Report on the cholera epidemic of
Year: 1868
Disease focus: Cholera
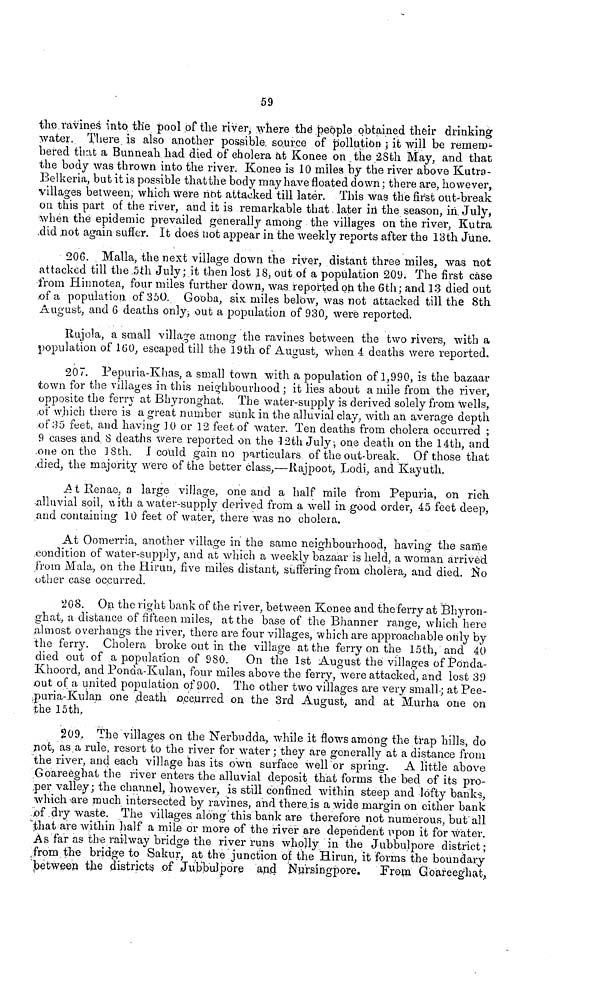
59
the ravines into, the pool of the river, where the people obtained their drinking
water. There is also another possible, source of pollution ; it will be remem-
bered that a Bunneah had died of cholera at Konee on the 28th May, and that
the body was thrown into the river. Konee is 10 miles by the river above Kutra-
Belkeria, but it is possible that the body may have floated down ; there are, however,
villages between, which were not attacked till later. This was the first outbreak
on this part of the river, and it is remarkable that later in the season, in, July,
when the epidemic prevailed generally among the villages on the river, Kutra
did not again suffer. It does not appear in the weekly reports after the 13th June.
206. Malla, the next village down the river, distant three miles, was not
attacked till the ,5th July; it then lost 18, out of a population 209. The first case
from Hinnotea, four miles further down, was reported on the 6th ; and 13 died out
,of a population of 350. Gooba, six miles below, was not attacked till the 8th
August, and 6 deaths only, out a population of 930, were reported.
Rujola, a small village among the ravines between the two rivers, with a
population of 160, escaped till the 19th of August, when 4 deaths were reported.
207. Pepuria-Khas, a small town with a population of 1,990, is the bazaar
town for the villages in this neighbourhood ; it lies about a mile from the river,
opposite the ferry at Bhyronghat. The water-supply is derived solely from wells,
of which there is a great number sunk in the alluvial clay, with an average depth
of 35 feet, and having 10 or 12 feet of water. Ten deaths from cholera occurred ;
9 cases and S deaths were reported on the 12th July ; one death on the 14th, and
one on the 18th. I could gain no particulars of the out-break. Of those that
died, the majority were of the better class,—Rajpoot, Lodi, and Kayuth.
At Renae, a large village, one and a half mile from Pepuria, on rich
alluvial soil, with a water-supply derived from a well in good order, 45 feet deep,
and containing 10 feet of water, there was no cholera.
At Oomerria, another village in the same neighbourhood, having the same
condition of water-supply, and at which a weekly bazaar is held, a woman arrived
from Mala, on the Hirun, five miles distant, suffering from cholera, and died. Ño
other case occurred.
208. On the right bank of the river, between Konee and the ferry at Bhyron-
ghat, a distance of fifteen miles, at the base of the Bhanner range, which here
almost overhangs the river, there are four villages, which are approachable only by
the ferry. Cholera broke out in the village at the ferry on the 15th, and 40
died out of a population of 980. On the 1st August the villages of Ponda-
Khoord, and Ponda-Kulan, four miles above the ferry, were attacked, and lost 39
out of a united population of 900. The other two villages are very small ; at Pee-
,puria-Kulan one death occurred on the 3rd August, and at Murha one on
the 15th.
209. The villages on the Nerbndda, while it flows among the trap hills, do
not, as a rule, resort to the river for water ; they are generally at a distance from
the river, and each village has its own surface well or spring. A little above
Goareeghat the river enters the alluvial deposit that forms the bed of its pro-
per valley; the channel, however, is still confined within steep and lofty banks,
which are much intersected by ravines, and there is a wide margin on either bank
of dry waste. The villages along this bank are therefore not numerous, but all
that are within half a mile or more of the river are dependent upon it for water.
As far as the railway bridge the river runs wholly in the Jubbulpore district ;
from the bridge to Sakur, at the junction of the Hirun, it forms the boundary
between the districts, of Jubbulpore and Nursingpore.
From Goareeghat,